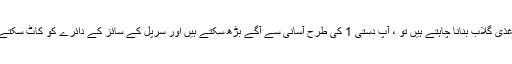
اگر آپ نیپکن اور شریک سے خوبصورت کاغذی گلاب بنانا چاہتے ہیں تو ، آپ دستی 1 کی طرح آسانی سے آگے بڑھ سکتے ہیں اور سرپل کے سائز کے دائرے کو کاٹ سکتے ہیں ، اسے لپیٹ کر مل کر چپک سکتے ہیں۔